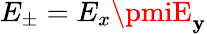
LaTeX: E_{\pm}=E_{x}\pmiE_{\mathbf{y}}